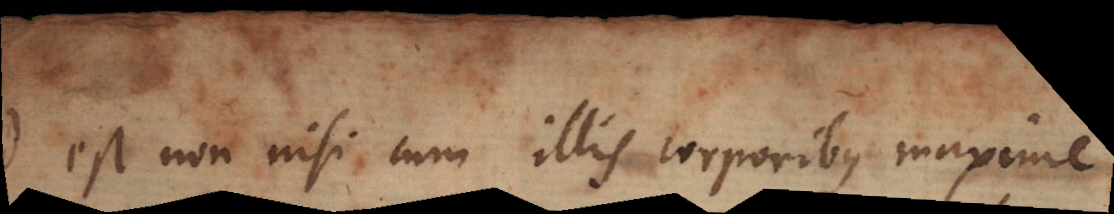
id est non nisi cum illis corporibus maxime